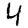
Digit: 4